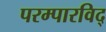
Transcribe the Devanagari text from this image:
परम्पारविद्